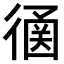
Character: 𢕠